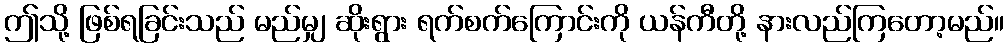
ဤသို့ ဖြစ်ရခြင်းသည် မည်မျှ ဆိုးရွား ရက်စက်ကြောင်းကို ယန်ကီတို့ နားလည်ကြတော့မည်။